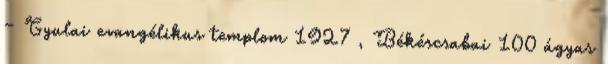
– Gyulai evangélikus templom 1927 , Békéscsabai 100 ágyas